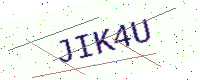
Text: JIK4U